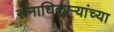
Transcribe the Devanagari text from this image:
सेनाधिकाऱ्यांच्या